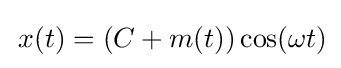
\,x(t)=(C+m(t))\cos(\omega t)